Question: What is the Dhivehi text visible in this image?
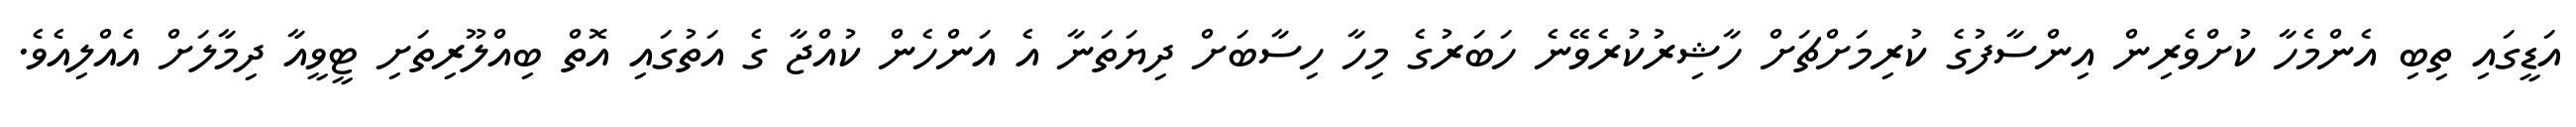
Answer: އަޑީގައި ތިބި އެންމެހާ ކުށްވެރިން އިންސާފުގެ ކުރިމަށްޗަށް ހާޝިރުކުރެވޭނެ ހަބަރުގެ މިހާ ހިސާބަށް ދިޔަތަނާ އެ އަންހެން ކުއްޖާ ގެ އަތުގައި އޮތް ބިއްލޫރިތަށި ޓީވީއާ ދިމާލަށް އެއްލިއެވެ.